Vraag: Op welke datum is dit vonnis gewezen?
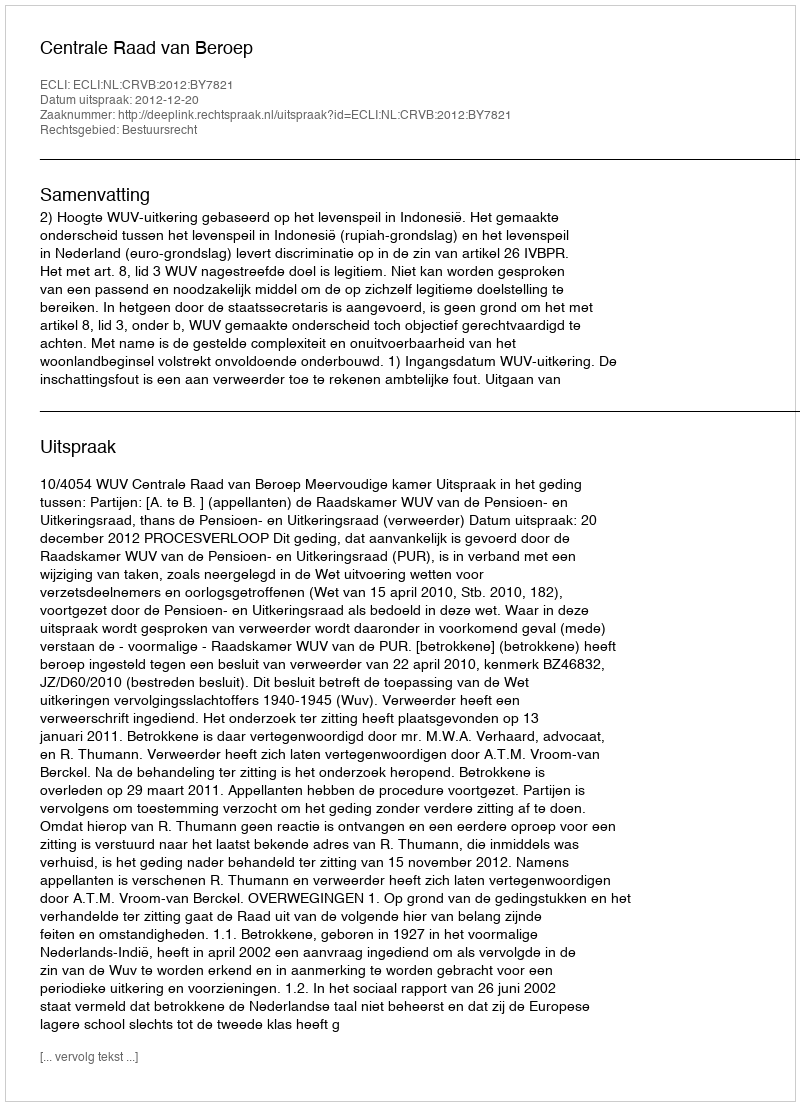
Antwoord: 2012-12-20